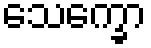
သေက္ခော